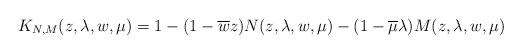
LaTeX: \begin{align*}K_{N,M}(z,\lambda,w,\mu)=1-(1-\overline{w}z)N(z,\lambda,w,\mu)-(1-\overline{\mu}\lambda)M(z,\lambda,w,\mu)\end{align*}